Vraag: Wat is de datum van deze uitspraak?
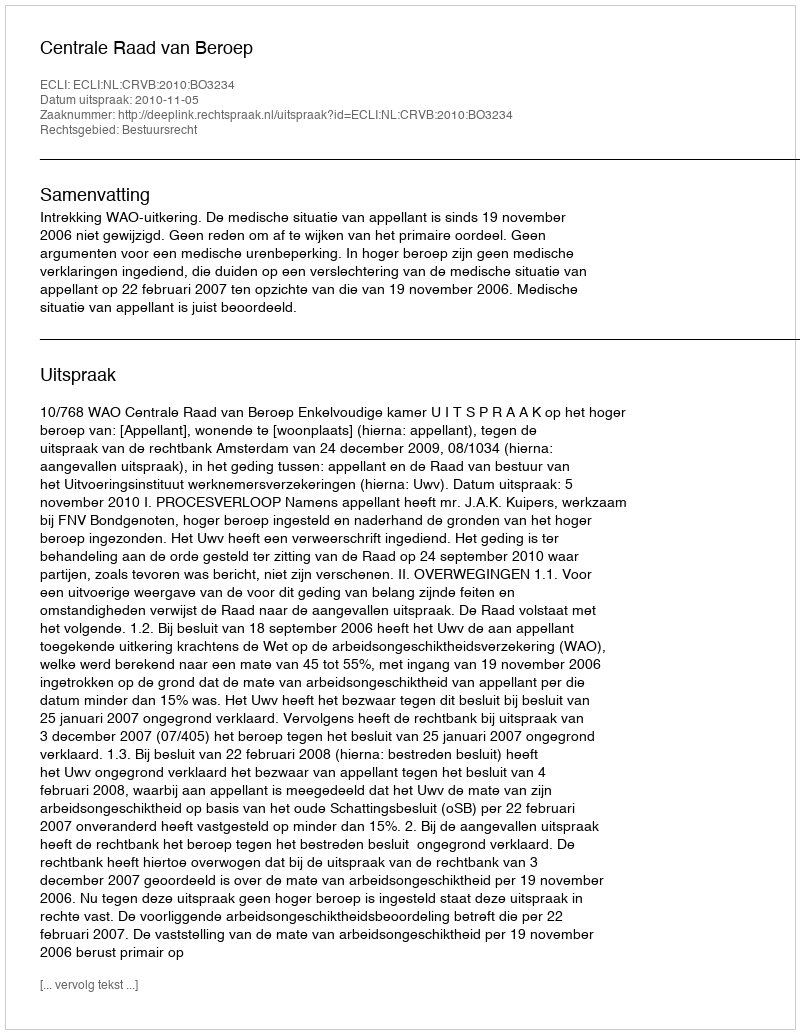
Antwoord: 2010-11-05